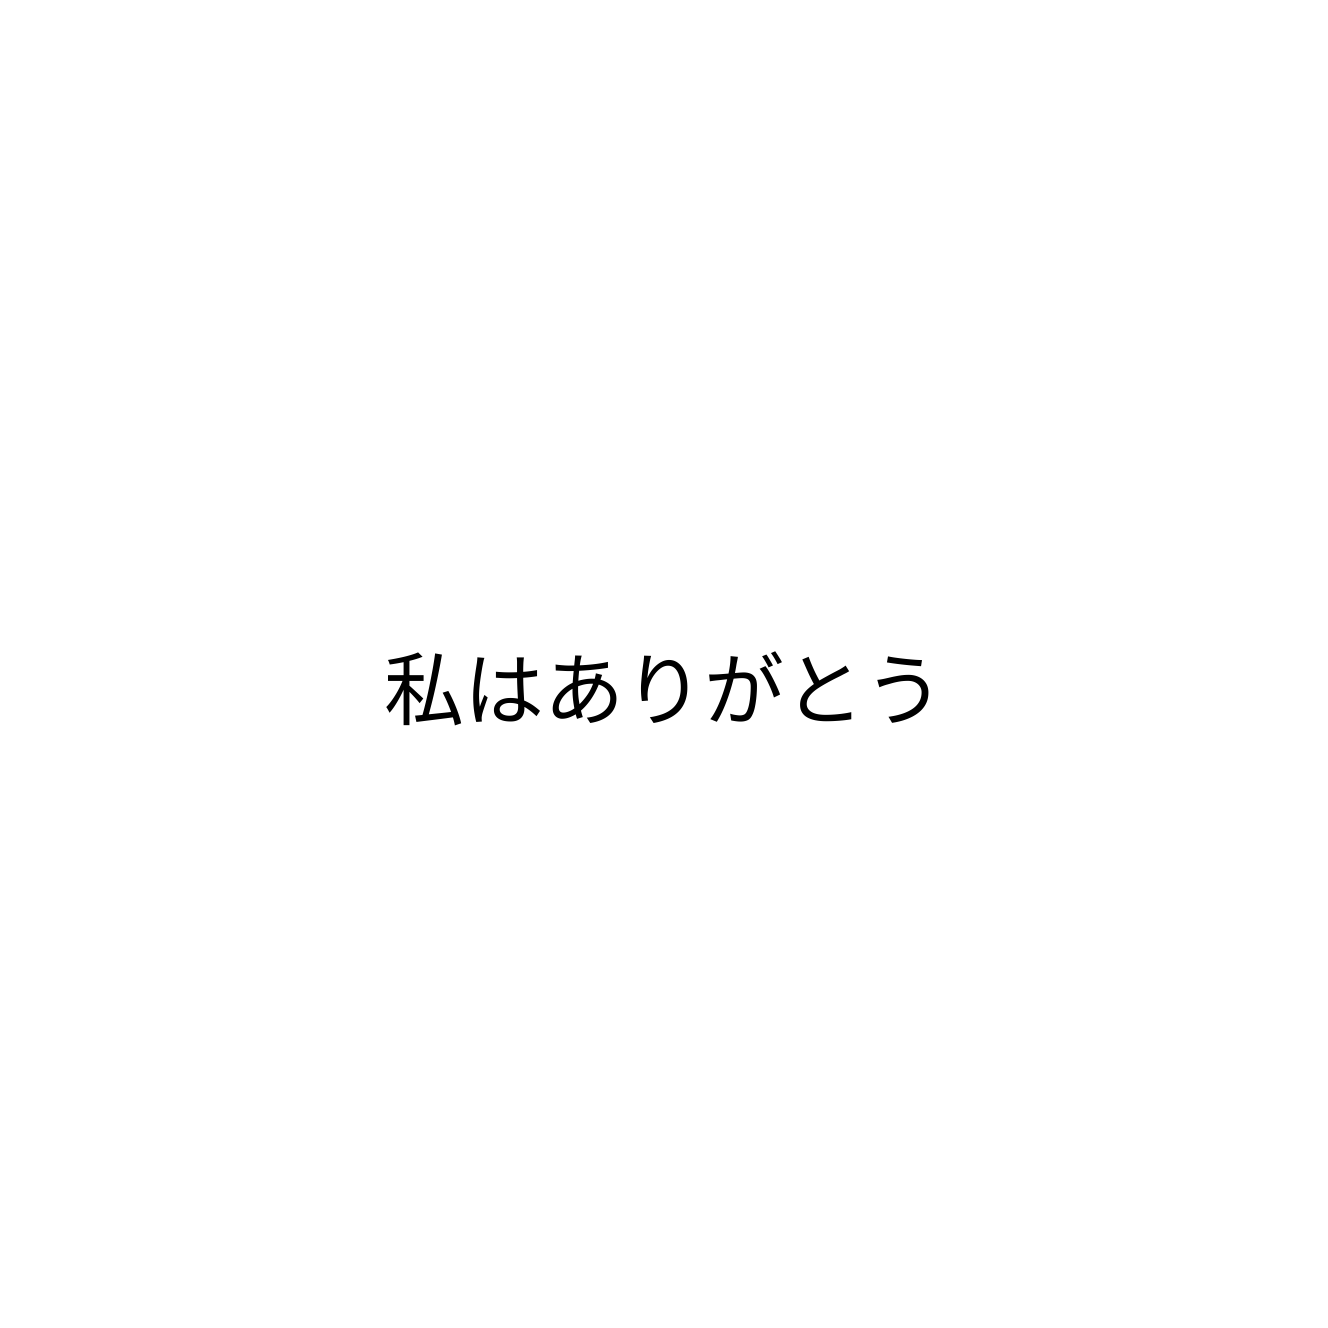
私はありがとう